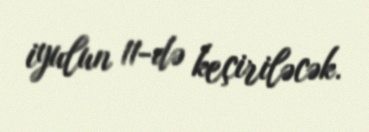
iyulun 11-də keçiriləcək.